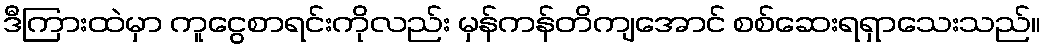
ဒီကြားထဲမှာ ကူငွေစာရင်းကိုလည်း မှန်ကန်တိကျအောင် စစ်ဆေးရရှာသေးသည်။